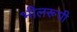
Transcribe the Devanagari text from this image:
भीलरूपी